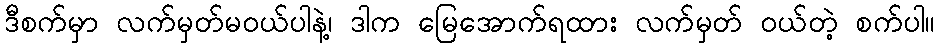
ဒီစက်မှာ လက်မှတ်မဝယ်ပါနဲ့၊ ဒါက မြေအောက်ရထား လက်မှတ် ဝယ်တဲ့ စက်ပါ။